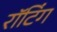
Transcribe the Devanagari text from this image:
रॉटिंग